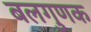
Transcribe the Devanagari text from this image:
बलगुणक